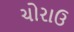
ચોરાઉ